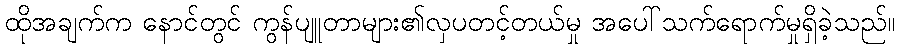
ထိုအချက်က နောင်တွင် ကွန်ပျူတာများ၏လှပတင့်တယ်မှု အပေါ်သက်ရောက်မှုရှိခဲ့သည်။